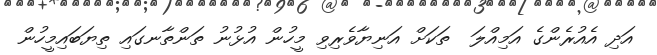
އަދި އެއުރެންގެ އަމިއްލަ  ތަކަށް އަނިޔާވެރިވި މީހުން އުޅުނު ތަންތާނގައި ތިޔަބައިމީހުން